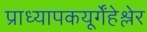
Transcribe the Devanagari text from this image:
प्राध्यापकयूर्गेंहेश्लेर